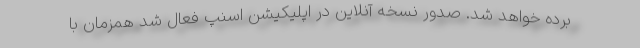
برده خواهد شد. صدور نسخه آنلاین در اپلیکیشن اسنپ فعال شد همزمان با